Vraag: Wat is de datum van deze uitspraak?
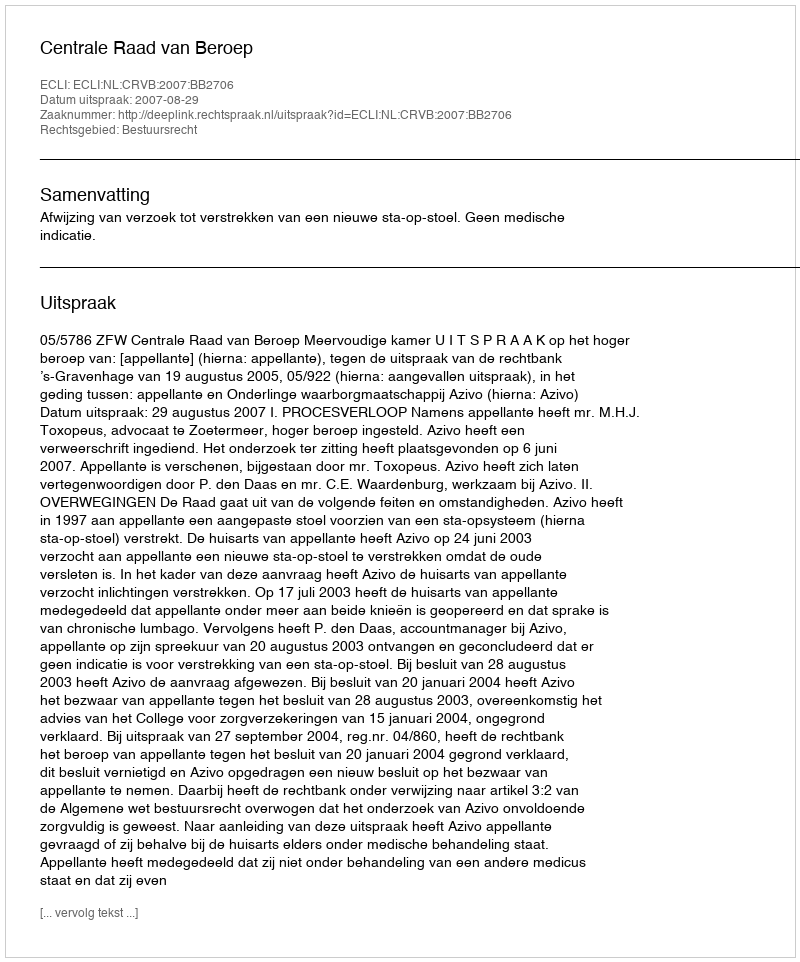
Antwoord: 2007-08-29